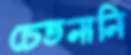
চেতনানি